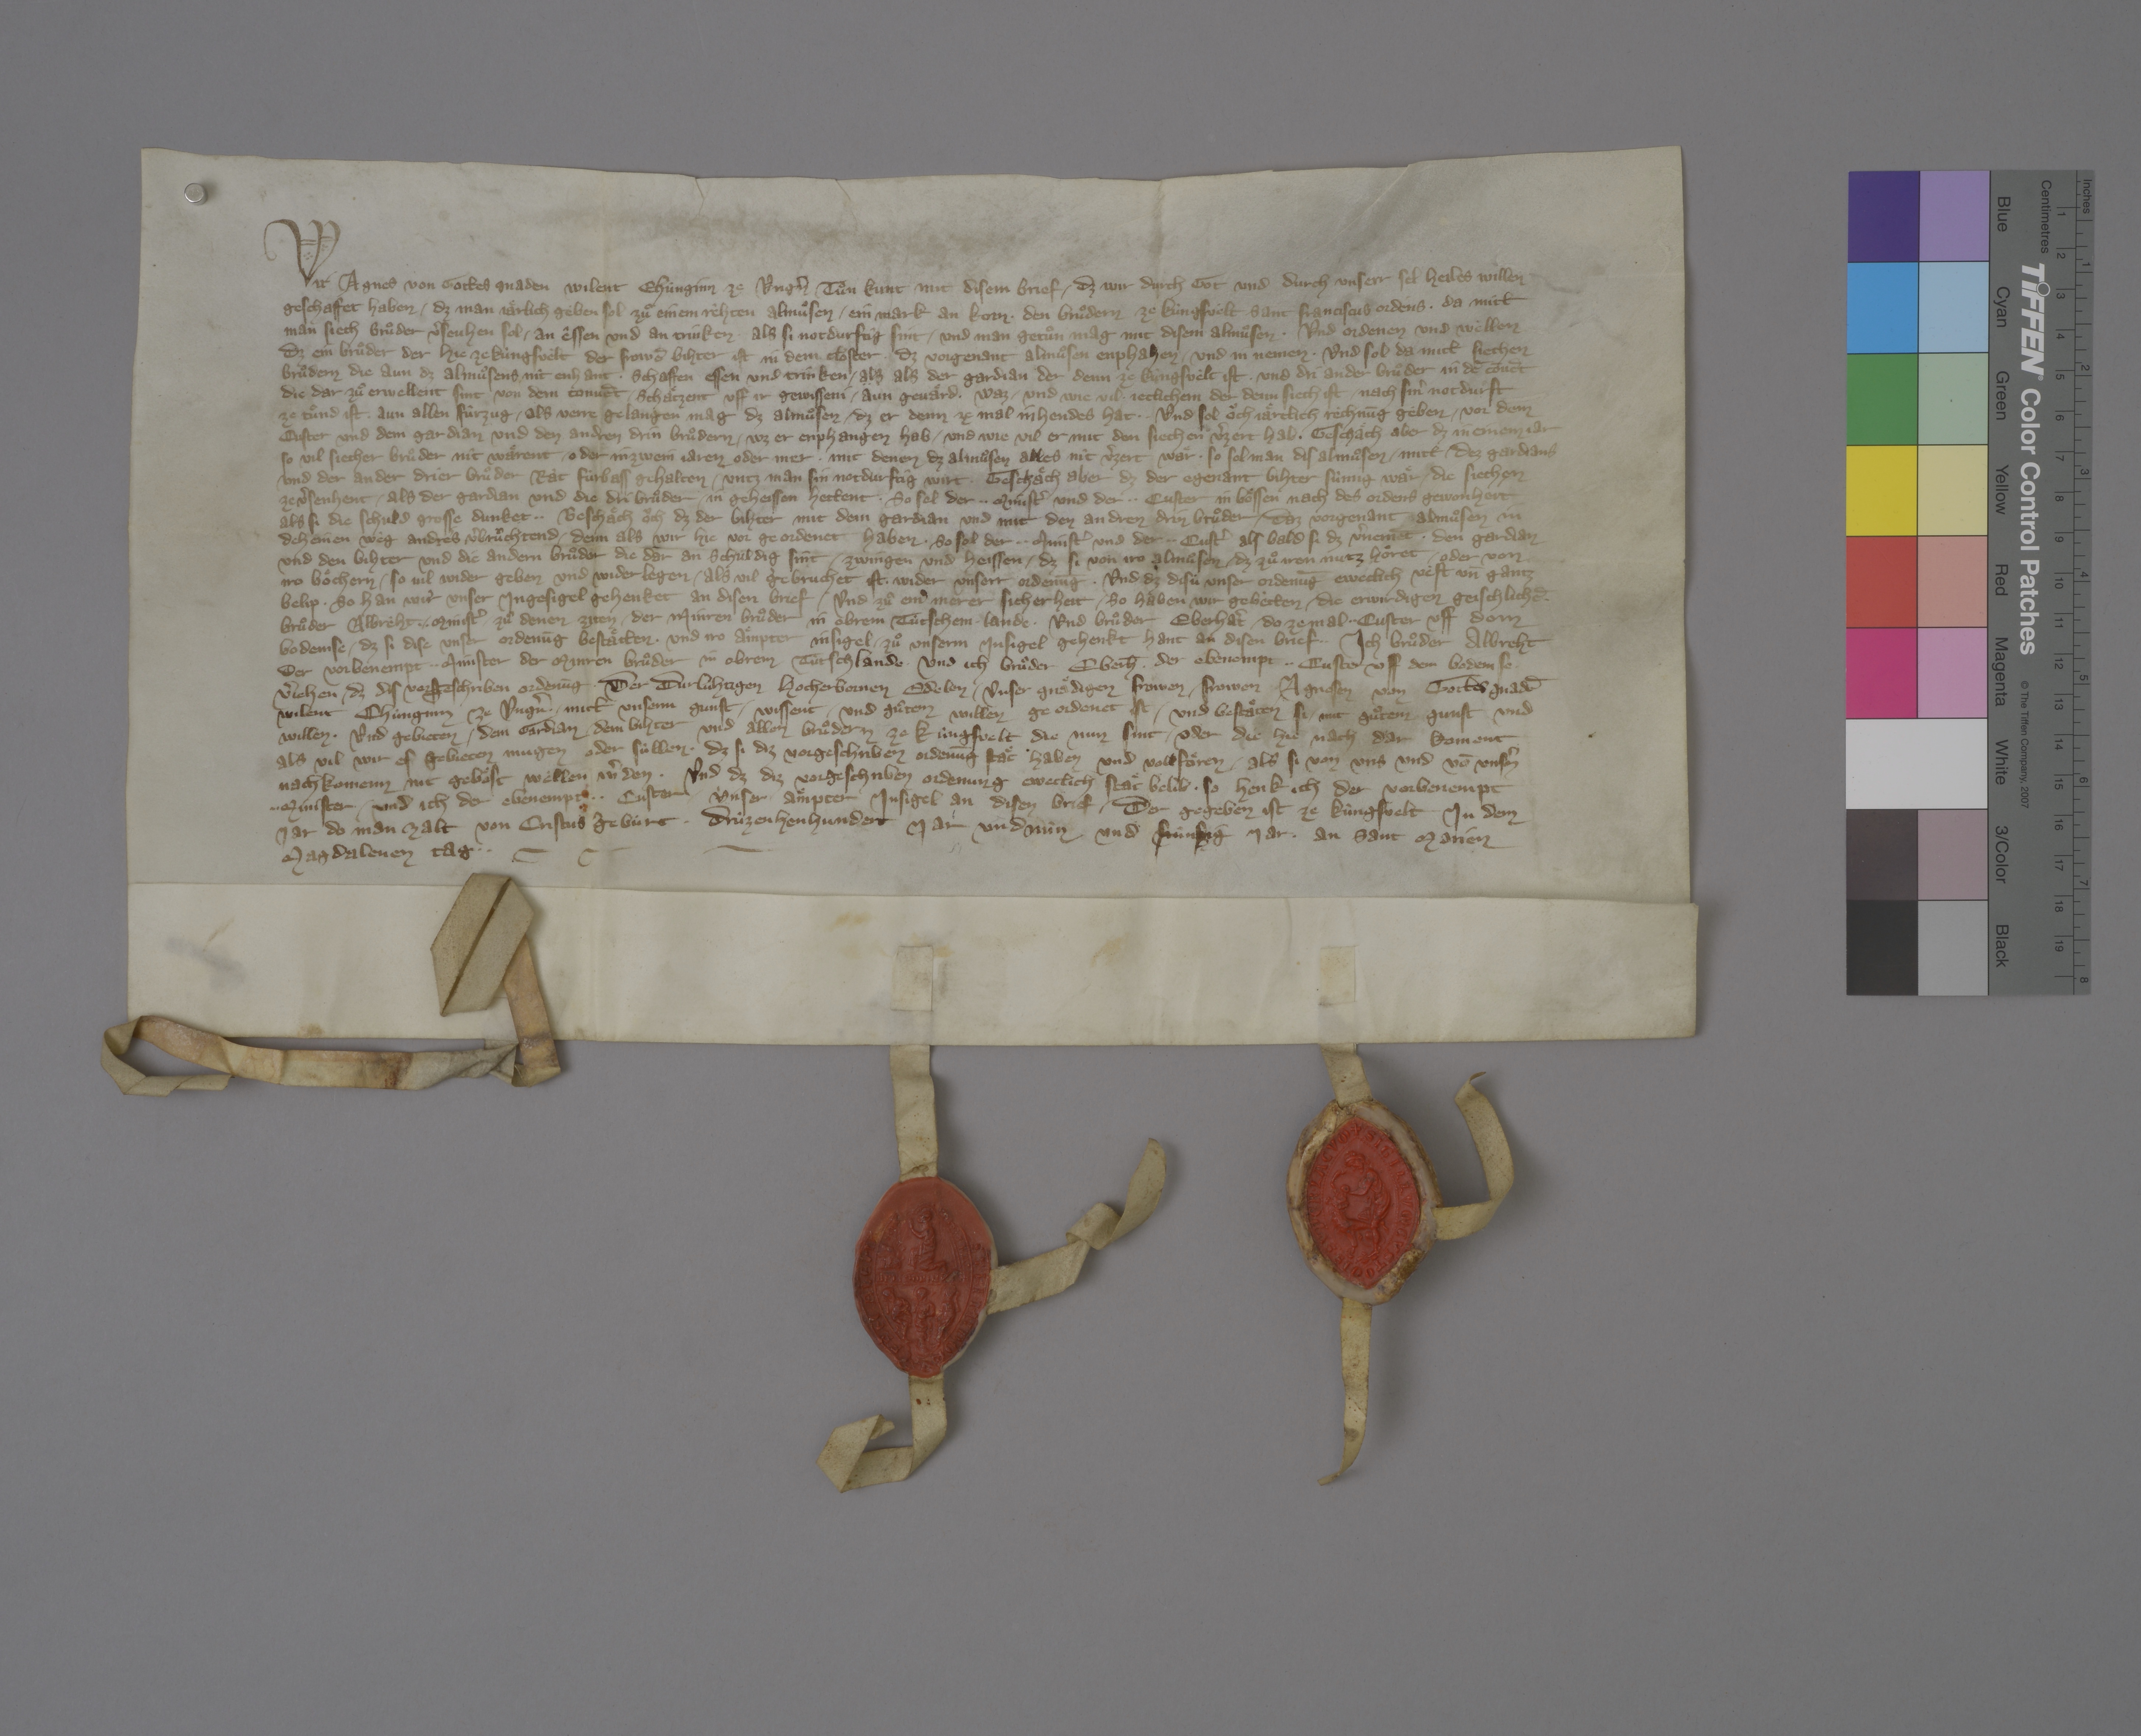
Transcription:
Wir, Agnes, von gottes gnaden wilent chùnginn ze Ungˀn, tuͦn kunt mit disem brief, ✳ dz wir durch got und durch unserr sel heiles willen
geschaffet haben, ✳ dz man jaͤrlich geben sol zuͦ einem rêhten almuͦsen ✳ ein mark an korn ✳ den bruͦdern ze Kùngsvelt, Sant Franciscus ordens, ✳ da mitt
man siech bruͦder vˀseuhen sol ✳ an êssen und an trinken, ✳ als si notdurftig sint, ✳ und man getuͦn mag mit disem almuͦsen, ✳ und ordenen und wellen,
dz ein bruͦder, der hie ze Kùngsvelt der frowē bihter ist in dem closter, ✳ dz vorgenant almuͦsen enphahen ✳ und in nemen, ✳ und sol da mitt siechen
bruͦdern, die aun dz almuͦsens nit enhant, ✳ schaffen essen und trinken, alz als der gardian, der denn ze Kùngsvelt ist, ✳ und dri ander bruͦder in dē cōvēt,
die dar zuͦ erwellent sint von dem convēt, ✳ schaͤtzent uff ir gewisseni, ✳ aun gevaͤrd, ✳ waz ✳ und wie vil jeclichem, der denn siech ist, ✳ nach sinˀ notdurft
ze tuͦnd ist, ✳ aun allen fûrzug, ✳ als verre gelangen mag dz almuͦsen, ✳ dz er denn ze mal in hendes hat. ✳ ✳ und sol oͧch jaͤrclich rechnūg geben ✳ vor dem
custer und dem gardian und den andren drin bruͦdern, ✳ wz er enphangen hab ✳ und wie vil er mit den siechen vˀzert hab. ✳ geschaͤch aber, dz in einem jar
so vil siecher bruͦder nit waͤrent, ✳ oder in zwein jaren oder mer, ✳ mit denen dz almuͦsen alles nit vˀzert waͤr, ✳ so sol man dis almuͦsen ✳ mitt ✳ dez gardians
und der ander drier bruͦder ràt fùrbass gehalten, ✳ untz man sin notdurftig wirt. ✳ geschaͤch aber, dz der egenant bihter sùmig waͤr, ✳ die siechen
ze vˀsenhent, ✳ als der gardian und die dri bruͦder ✳ in geheissen hettent, ✳ so sol der ✳ ✳ ministˀ und der ✳ ✳ custer in boͤssen nach des ordens gewonheit,
als si die schuld grosse dunket. ✳ ✳ beschaͤch oͧch, dz der bihter mit dem gardian und mit den andren drin bruͦder✳ daz vorgenant almuͦsen in
deheinen weg andres vˀbruͣchtend, ✳ denn als wir hie vor geordenet haben, ✳ so sol der ✳ ✳ ministˀ und der ✳ ✳ custˀ, als bald si dz vˀnemēt, ✳ den gardian
und den bihter und die andern bruͦder, die dar an schuldig sint, ✳ zwingen und heissen, ✳ dz si von iro almuͦsen, ✳ dz zuͦ iren nutz hoͤret, ✳ oder von
iro boͤchern, ✳ so vil wider geben und wider legen, ✳ als vil gebruchet ist, ✳ wider unserr ordenūg. ✳ und dz disù unser ordenūg eweclich vest un̄ gantz
belip, ✳ so han wir unser ingesigel gehenket an disen brief, ✳ und zuͦ einˀ merer sicherheit, ✳ so haben wir gebetten ✳ die erwirdigen, geischlichē
bruͦder Albreht, ✳ ✳ ministˀ ✳ zuͦ denen ziten ✳ der Minren Bruͦder in Obrem Tùtschem ✳ lande, ✳ und bruͦder Eberhaˀt, ✳ do ze mal ✳ ✳ custer uff dem
Bodemse, ✳ dz si dise unser ordenūg bestaͤtten ✳ und iro aͤmpter insigel ✳ zuͦ unserm insigel gehenkt hant an disen brief. ✳ ✳ ich, bruͦder Albreht,
der vorbenempt ✳ ✳ minister der Minren Bruͦder in Obrem Tùtschlande, ✳ und ich, bruͦder Eberh̄, ✳ der ebenempt ✳ ✳ custer uff dem Bodemse, ✳
vˀjehen, ✳ dz dis vorgeschriben ordenūg der durluhtigen, hocherbornen, edelen, ✳ unser gnaͤdigen frowen, ✳ frowen Agnesen, von gottes gnad̄
wilent chùnginn ze Ungˀn, ✳ mitt unserm gunst, ✳ wissent ✳ und guͦtem willen geordenet ist, ✳ und bestaͤten si ✳ mit guͦtem gunst und
willen, ✳ und gebieten ✳ dem gardian, ✳ dem bihter und allen bruͦdern ze Kùngsvelt, die nun sint ✳ oder die hie nach dar koment,
als vil wir es gebieten mugen oder sùllen, ✳ dz si diz vorgeschriben ordenūg staͤt haben und vollfoͤren, ✳ als si von uns und vō unsˀn
nachkomenn nit geboͤst wellen wˀden. ✳ und dz diz vorgeschriben ordenung eweclich staͤt belib ✳ so henk ich, der vorbenempt
 ✳ ✳ minister, ✳ und ich, der ebenempt ✳ ✳ custer, ✳ unser aͤmpter insigel an disen brief, ✳ der gegeben ist ze Kùngsvelt in dem
jar, do man zalt von Cristus gebùrt ✳ drùzenhenhundert jar und nùn und fùnfzig jar, ✳ an sant Marien
Magdalenen tag. ✳